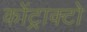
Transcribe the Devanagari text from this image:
कोंट्राक्टो